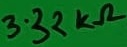
Text: 3.32kΩ